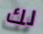
لك